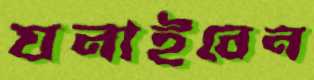
ঘনাইবেন